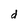
Character: d